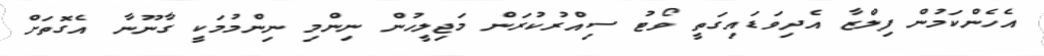
އެހެންކަމުން ފިލްޒާ އެދިވަޑައިގަތީ ވޯޓު ސިއްރުކުރަން މަޖިލީހުން ނިންމި ނިންމުމަކީ ގާނޫނާ އެގޮތަށް